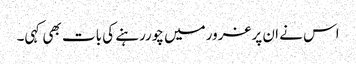
اس نے ان پرغرورمیں چوررہنے کی بات بھی کہی۔